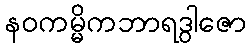
နဝကမ္မိကဘာရဒွါဇော